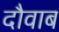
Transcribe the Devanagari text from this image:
दौवाब